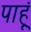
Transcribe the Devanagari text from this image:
पाहू्ं